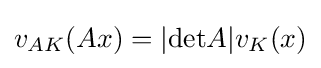
v_{AK}(Ax)=|\mathrm {det} A|v_{K}(x)